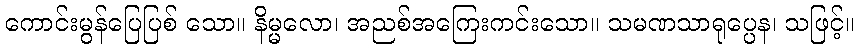
ကောင်းမွန်ပြေပြစ် သော။ နိမ္မလော၊ အညစ်အကြေးကင်းသော။ သမဏသာရုပ္ပေန၊ သဖြင့်။